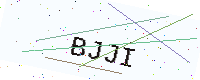
Text: BJJI